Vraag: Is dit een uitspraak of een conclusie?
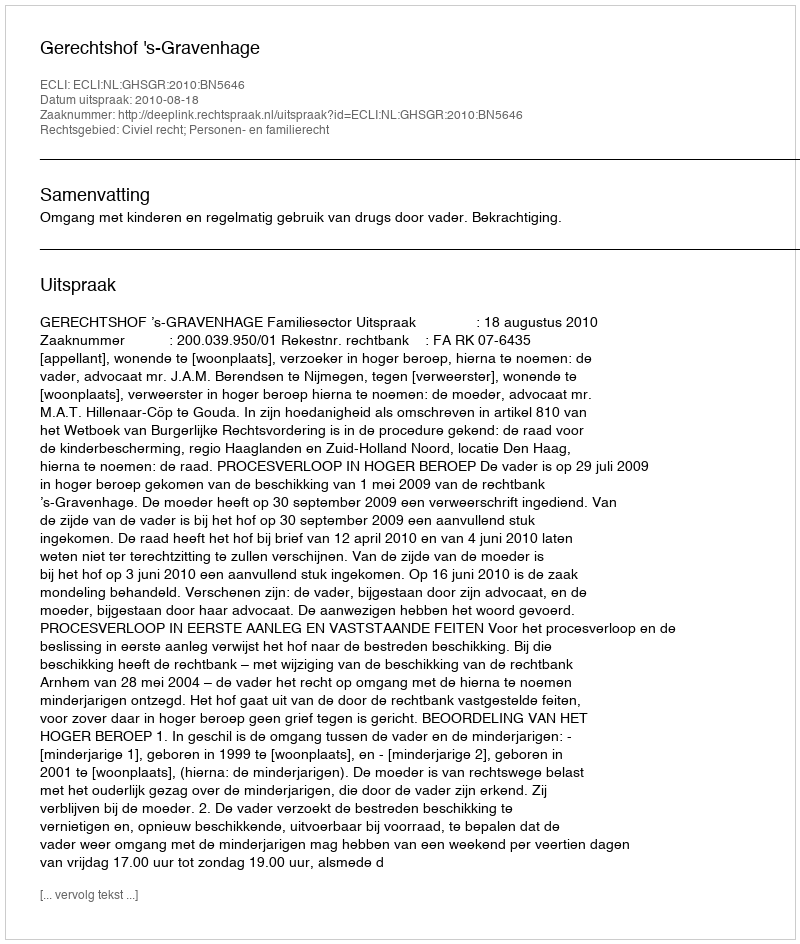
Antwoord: Uitspraak